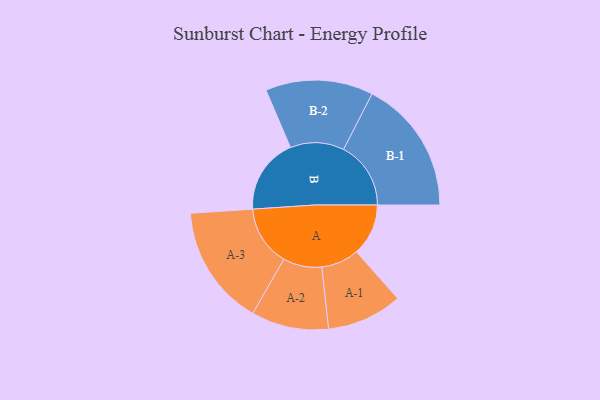
{"axis": {"x": "Segment", "y": "Value"}, "legend": ["", "A", "B"], "data": [{"x": "A", "y": 216, "type": ""}, {"x": "B", "y": 315, "type": ""}, {"x": "A-1", "y": 157, "type": "A"}, {"x": "A-2", "y": 161, "type": "A"}, {"x": "A-3", "y": 251, "type": "A"}, {"x": "B-1", "y": 280, "type": "B"}, {"x": "B-2", "y": 224, "type": "B"}]}